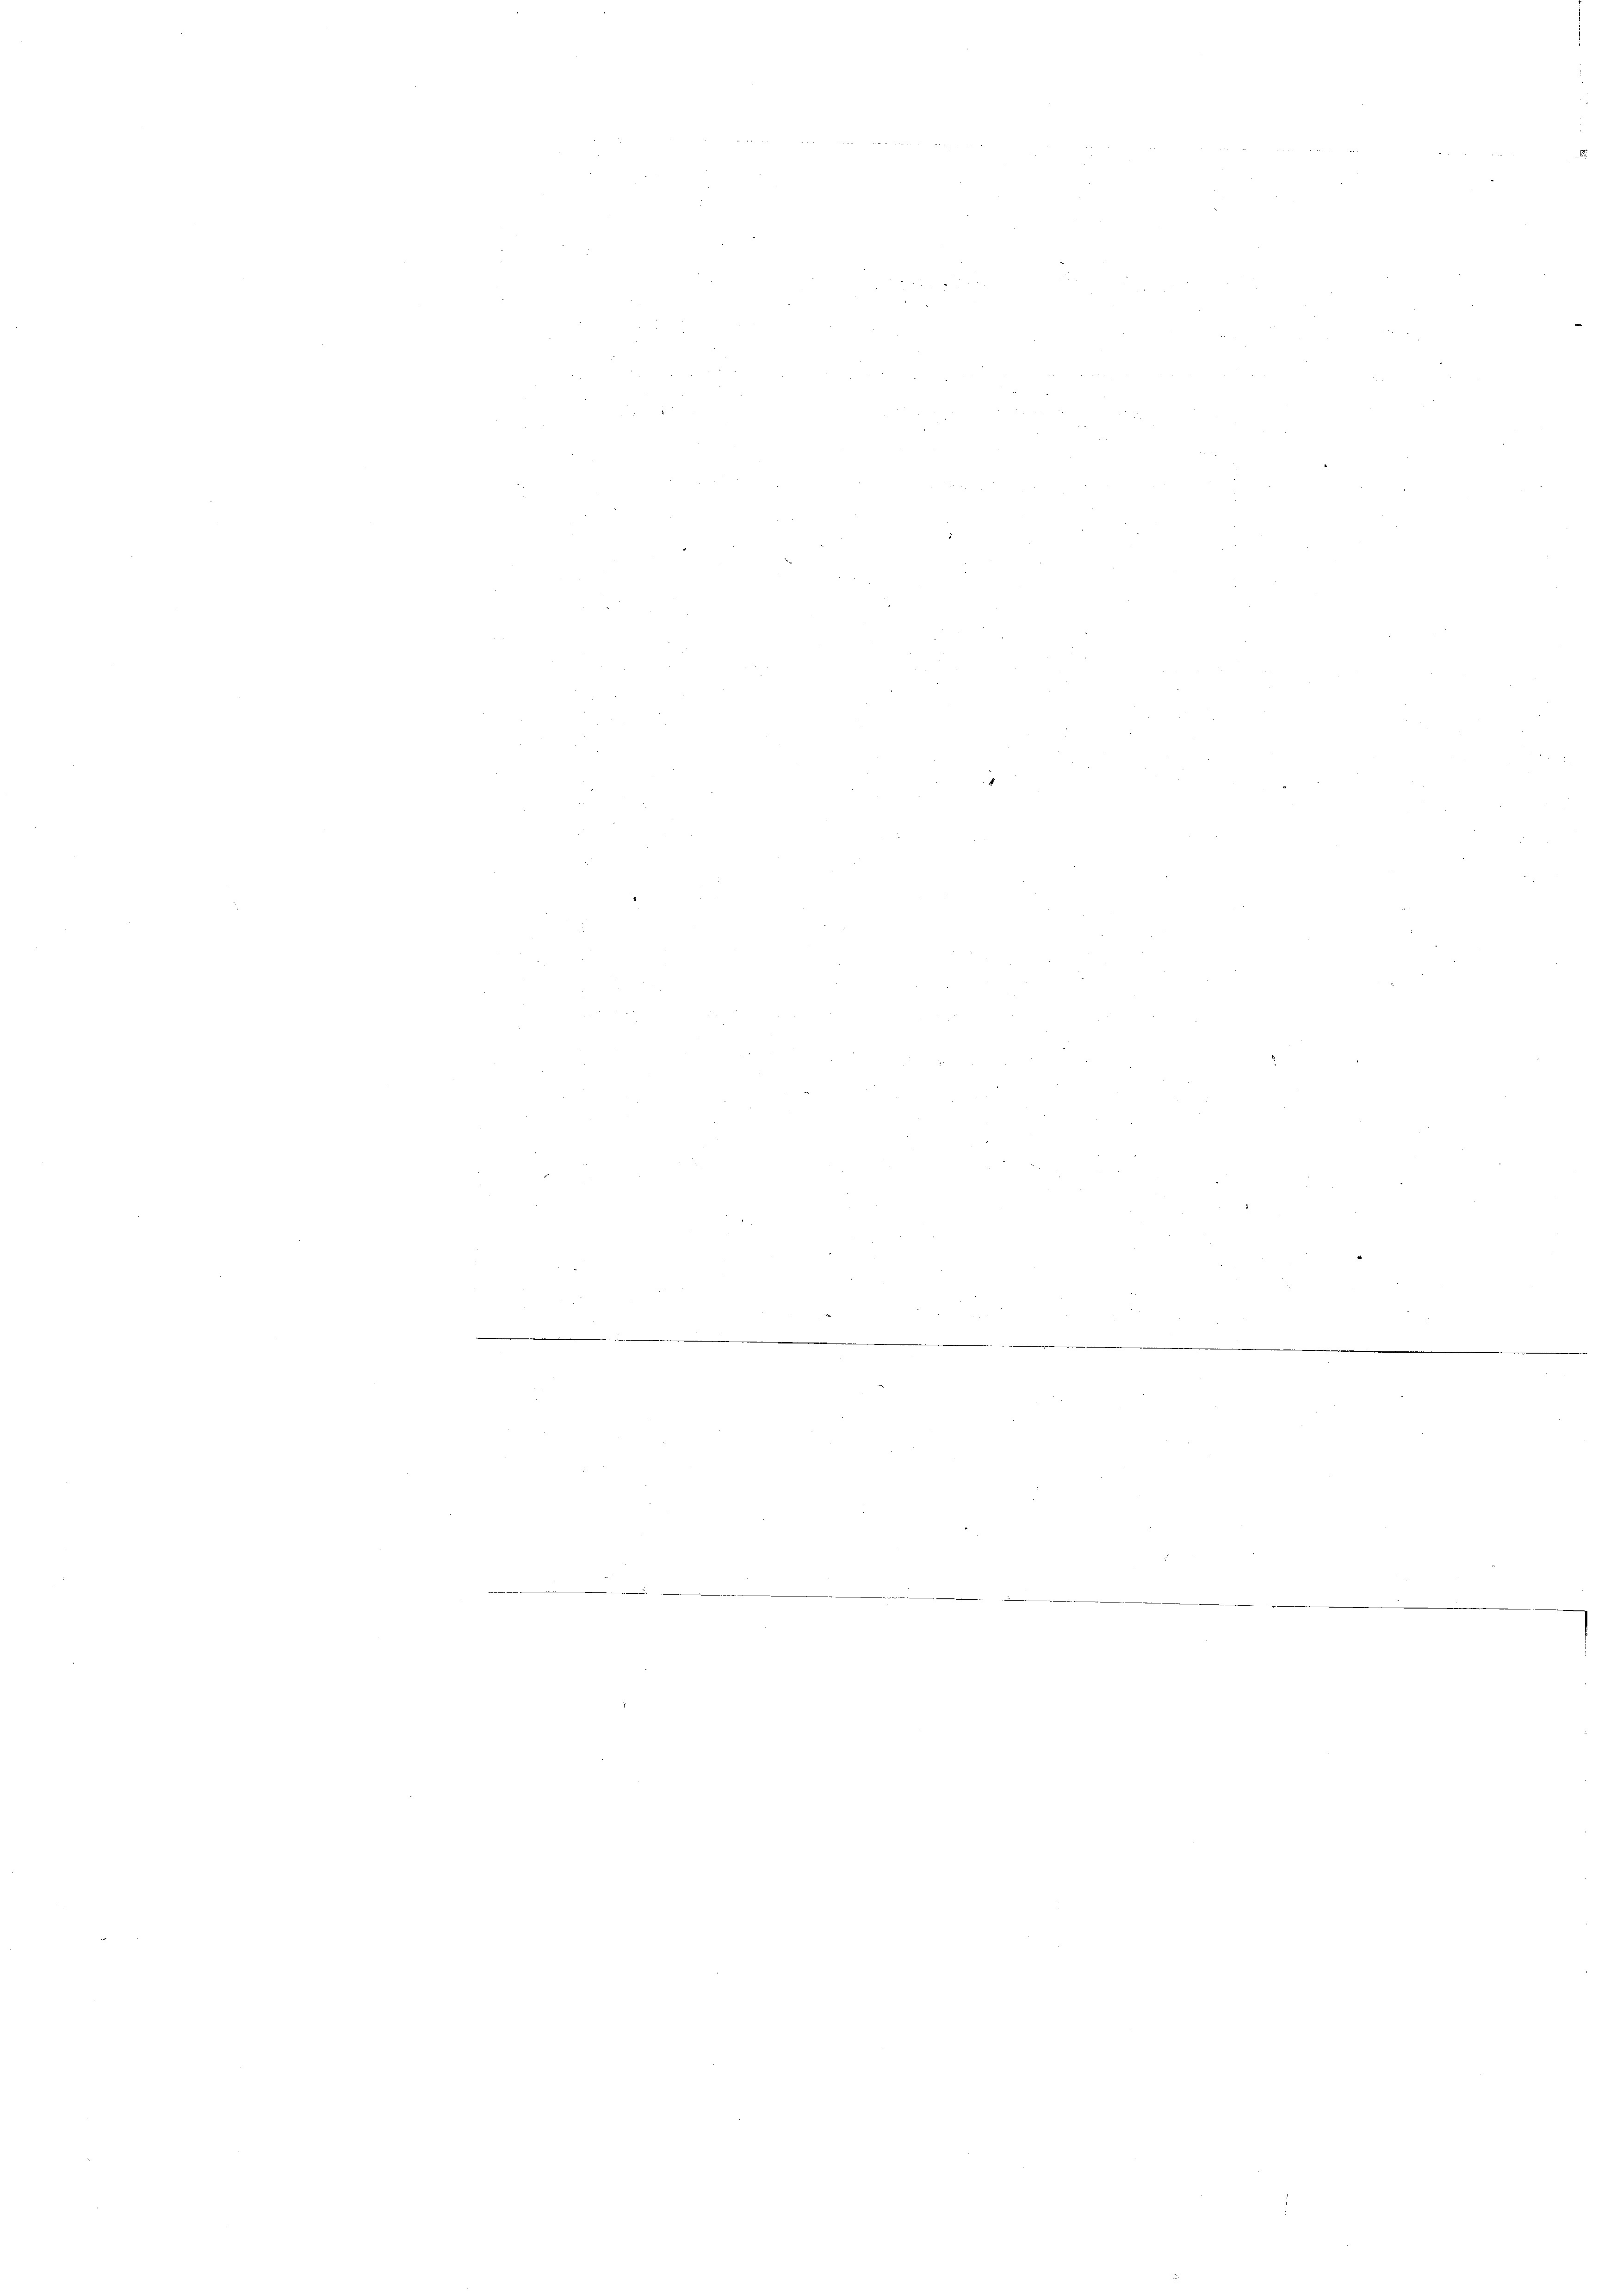
2

e
2
2
0
 217
 5
n
 x
1 221
.

8
e
n
8
e
e

.
¬
d
.
.

¬
e
e
e
e
2
e
n
e

e
n
e
n
e
2 2
2 x 2
.
n
8
n
d
.
e
e
.

e
u

Mil
w
¬
e
e
e
.

¬

¬

x

n

1

x